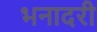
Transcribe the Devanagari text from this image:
भनादरी